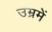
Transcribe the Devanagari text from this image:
उम्रमें